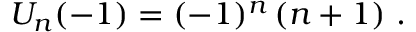
U _ { n } ( - 1 ) = ( - 1 ) ^ { n } \, ( n + 1 ) ~ .